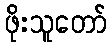
ဖိုးသူတော်